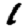
Digit: 1